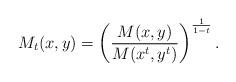
LaTeX: \begin{align*}M_t(x,y)=\left(\frac{M(x,y)}{M(x^t,y^t)}\right)^\frac{1}{1-t}.\end{align*}